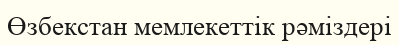
Өзбекстан мемлекеттік рәміздері